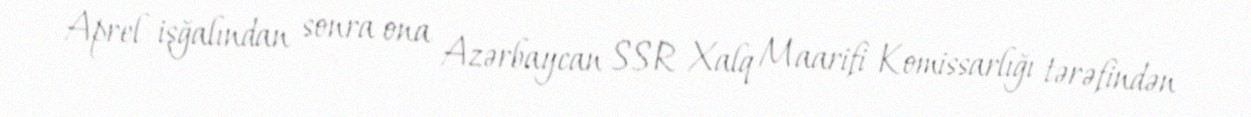
Aprel işğalından sonra ona Azərbaycan SSR Xalq Maarifi Komissarlığı tərəfindən